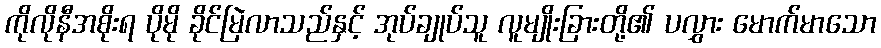
ကိုလိုနီအစိုးရ ပိုမို ခိုင်မြဲလာသည်နှင့် အုပ်ချုပ်သူ လူမျိုးခြားတို့၏ ပလွှား မောက်မာသော